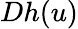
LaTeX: Dh(u)